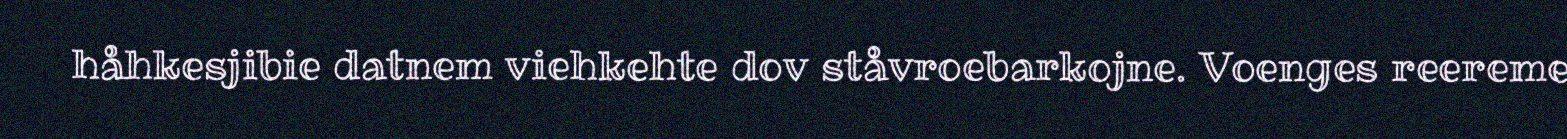
håhkesjibie datnem viehkehte dov ståvroebarkojne. Voenges reereme